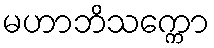
မဟာဘိသက္ကော